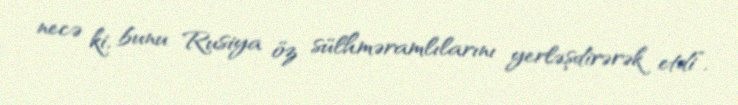
necə ki, bunu Rusiya öz sülhməramlılarını yerləşdirərək etdi”.